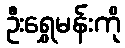
ဦးရွှေမန်းကို